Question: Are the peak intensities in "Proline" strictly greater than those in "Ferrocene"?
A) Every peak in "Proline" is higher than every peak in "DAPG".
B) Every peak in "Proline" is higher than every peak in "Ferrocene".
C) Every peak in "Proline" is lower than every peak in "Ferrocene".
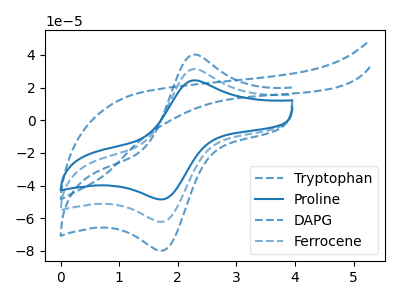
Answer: <think>The blue dashed curve "Tryptophan" has an anodic peak at (2.25V, 62.55uA) and a cathodic peak at (1.75V, -124.55uA). The blue curve "Proline" has an anodic peak at (2.25V, 24.35uA) and a cathodic peak at (1.75V, -48.50uA). The blue dashed curve "DAPG" has no peaks. The blue dashed curve "Ferrocene" has an anodic peak at (2.25V, 31.30uA) and a cathodic peak at (1.75V, -62.30uA).</think>
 <answer>C) Every peak in "Proline" is lower than every peak in "Ferrocene".</answer>
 <eval>C</eval>